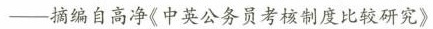
——摘编自高净《中英公务员考核制度比较研究》